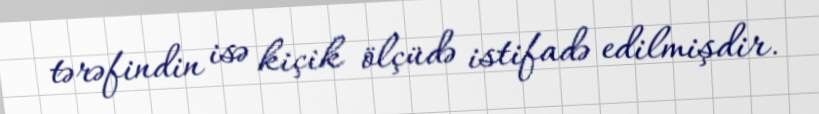
tərəfindin isə kiçik ölçüdə istifadə edilmişdir.